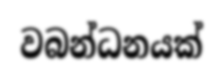
වබන්ධනයක්